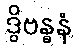
ဒွိဗန္ဓနံ